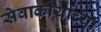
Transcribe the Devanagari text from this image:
सेवाकार्याच्या